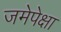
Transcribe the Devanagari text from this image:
जमेपेक्षा